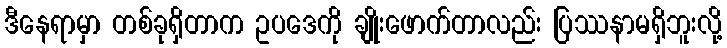
ဒီနေရာမှာ တစ်ခုရှိတာက ဥပဒေကို ချိုးဖောက်တာလည်း ပြဿနာမရှိဘူးလို့